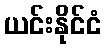
ယင်းနိုင်ငံ